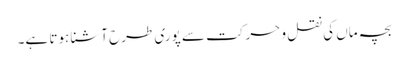
بچہ ماں کی نقل و حرکت سے پوری طرح آشنا ہوتا ہے۔